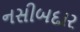
નસીબદાર